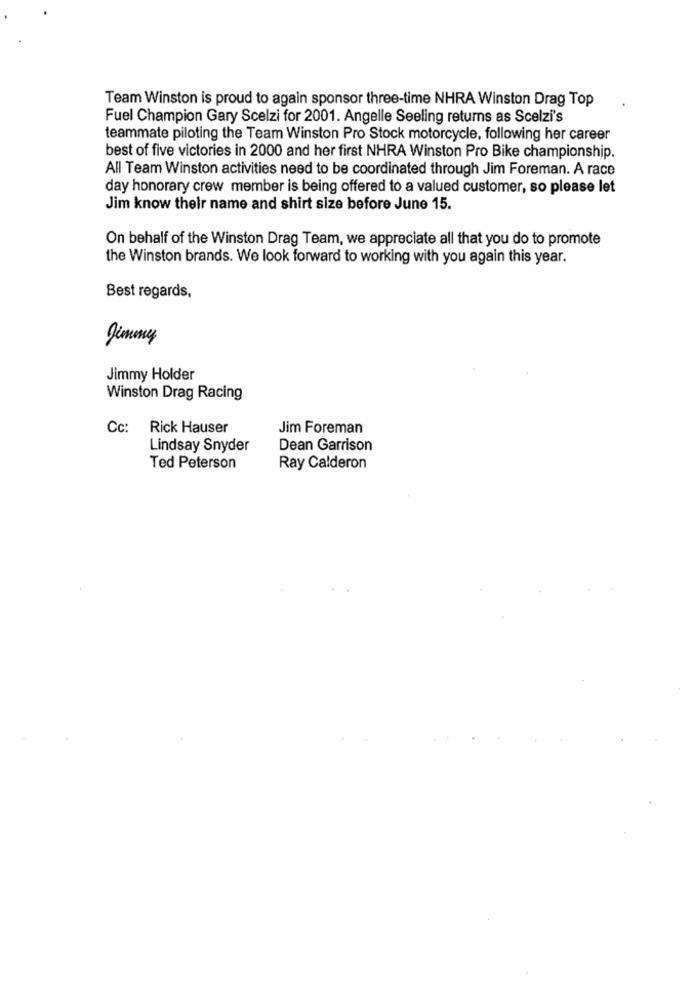
Team Winston is proud to again sponsor three-time NHRA Winston Drag Top
Fuel Champion Gary Scelzi for 2001. Angelle Seeling returns as Scelzi's
teammate piloting the Team Winston Pro Stock motorcycle, following her career
best of five victories in 2000 and her first NHRA Winston Pro Bike championship.
All Team Winston activities need to be coordinated through Jim Foreman. A race
day honorary crew member is being offered to a valued customer, so please let
Jim know their name and shirt size before June 15.
On behalf of the Winston Drag Team, we appreciate all that you do to promote
the Winston brands. We look forward to working with you again this year.
Best regards,
Jimmy
Jimmy Holder
Winston Drag Racing
Cc:
Rick Hauser
Jim Foreman
Lindsay Snyder
Dean Garrison
Ted Peterson
Ray Calderon